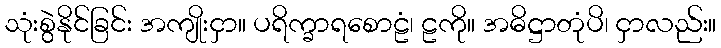
သုံးစွဲနိုင်ခြင်း အကျိုးငှာ။ ပရိက္ခာရစောဠံ၊ ဠကို။ အဓိဋ္ဌာတုံပိ၊ ငှာလည်း။